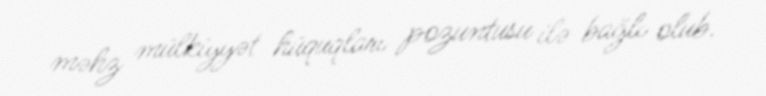
məhz mülkiyyət hüquqları pozuntusu ilə bağlı olub.